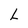
Character: L